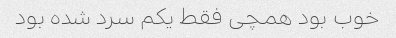
خوب بود همچی فقط یکم سرد شده بود